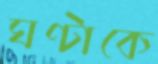
ঘণ্টাকে